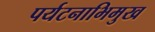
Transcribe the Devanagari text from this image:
पर्यटनाभिमुख